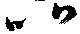
比